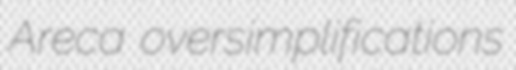
Areca oversimplifications